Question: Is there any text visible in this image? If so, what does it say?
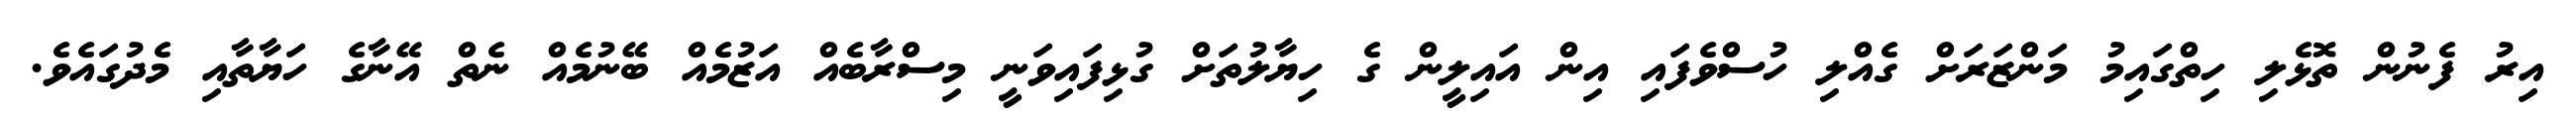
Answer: އިރު ފެނުން ތޮޅެލި ހިތްގައިމު މަންޒަރަށް ގެއްލި ހުސްވެފައި އިން އައިލީން ގެ ހިޔާލުތަށް ގުޅިފައިވަނީ މިސްރާބެއް އަޒުމެއް ބޭނުމެއް ނެތް އޭނާގެ ހަޔާތާއި މެދުގައެވެ.